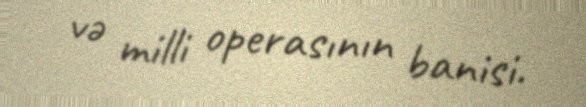
və milli operasının banisi.